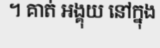
។ គាត់ អង្គុយ នៅក្នុង